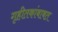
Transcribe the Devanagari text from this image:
गृहीतकांबाबत